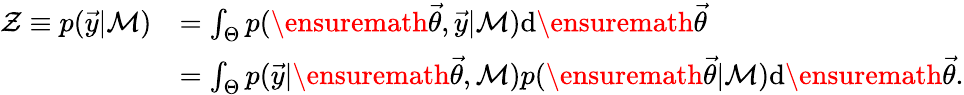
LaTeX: \begin{array}{rl}{\mathcal{Z}\equiv p(\vec{y}|\mathcal{M})}&{=\int_{\Theta}p(\ensuremath{\vec{\theta}},\vec{y}|\mathcal{M})\mathrm{d}\ensuremath{\vec{\theta}}}\\ &{=\int_{\Theta}p(\vec{y}|\ensuremath{\vec{\theta}},\mathcal{M})p(\ensuremath{\vec{\theta}}|\mathcal{M})\mathrm{d}\ensuremath{\vec{\theta}}.}\end{array}